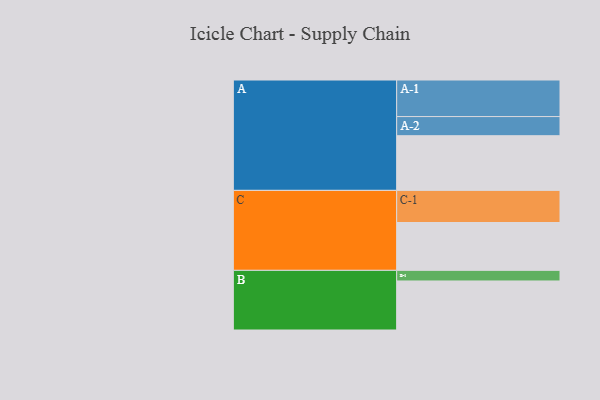
{"axis": {"x": "Segment", "y": "Value"}, "legend": ["", "A", "B", "C"], "data": [{"x": "A", "y": 417, "type": ""}, {"x": "B", "y": 374, "type": ""}, {"x": "C", "y": 365, "type": ""}, {"x": "A-1", "y": 279, "type": "A"}, {"x": "A-2", "y": 146, "type": "A"}, {"x": "B-1", "y": 81, "type": "B"}, {"x": "C-1", "y": 245, "type": "C"}]}